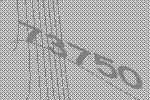
73750